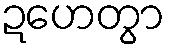
ဍဟေတွာ